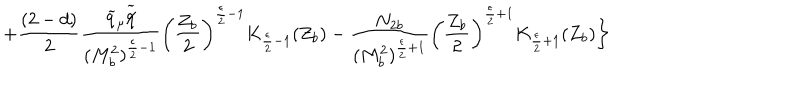
+ \frac { ( 2 - d ) } { 2 } \frac { \widetilde { q } _ { \mu } \widetilde { q \hspace { - 0 . 2 0 c m } / } } { ( M _ { b } ^ { 2 } ) ^ { \frac { \epsilon } { 2 } - 1 } } \left( \frac { Z _ { b } } { 2 } \right) ^ { \frac { \epsilon } { 2 } - 1 } K _ { \frac { \epsilon } { 2 } - 1 } ( Z _ { b } ) - \frac { { N _ { 2 b } } } { ( M _ { b } ^ { 2 } ) ^ { \frac { \epsilon } { 2 } + 1 } } \left( \frac { Z _ { b } } { 2 } \right) ^ { \frac { \epsilon } { 2 } + 1 } K _ { \frac { \epsilon } { 2 } + 1 } ( Z _ { b } ) \biggr \}